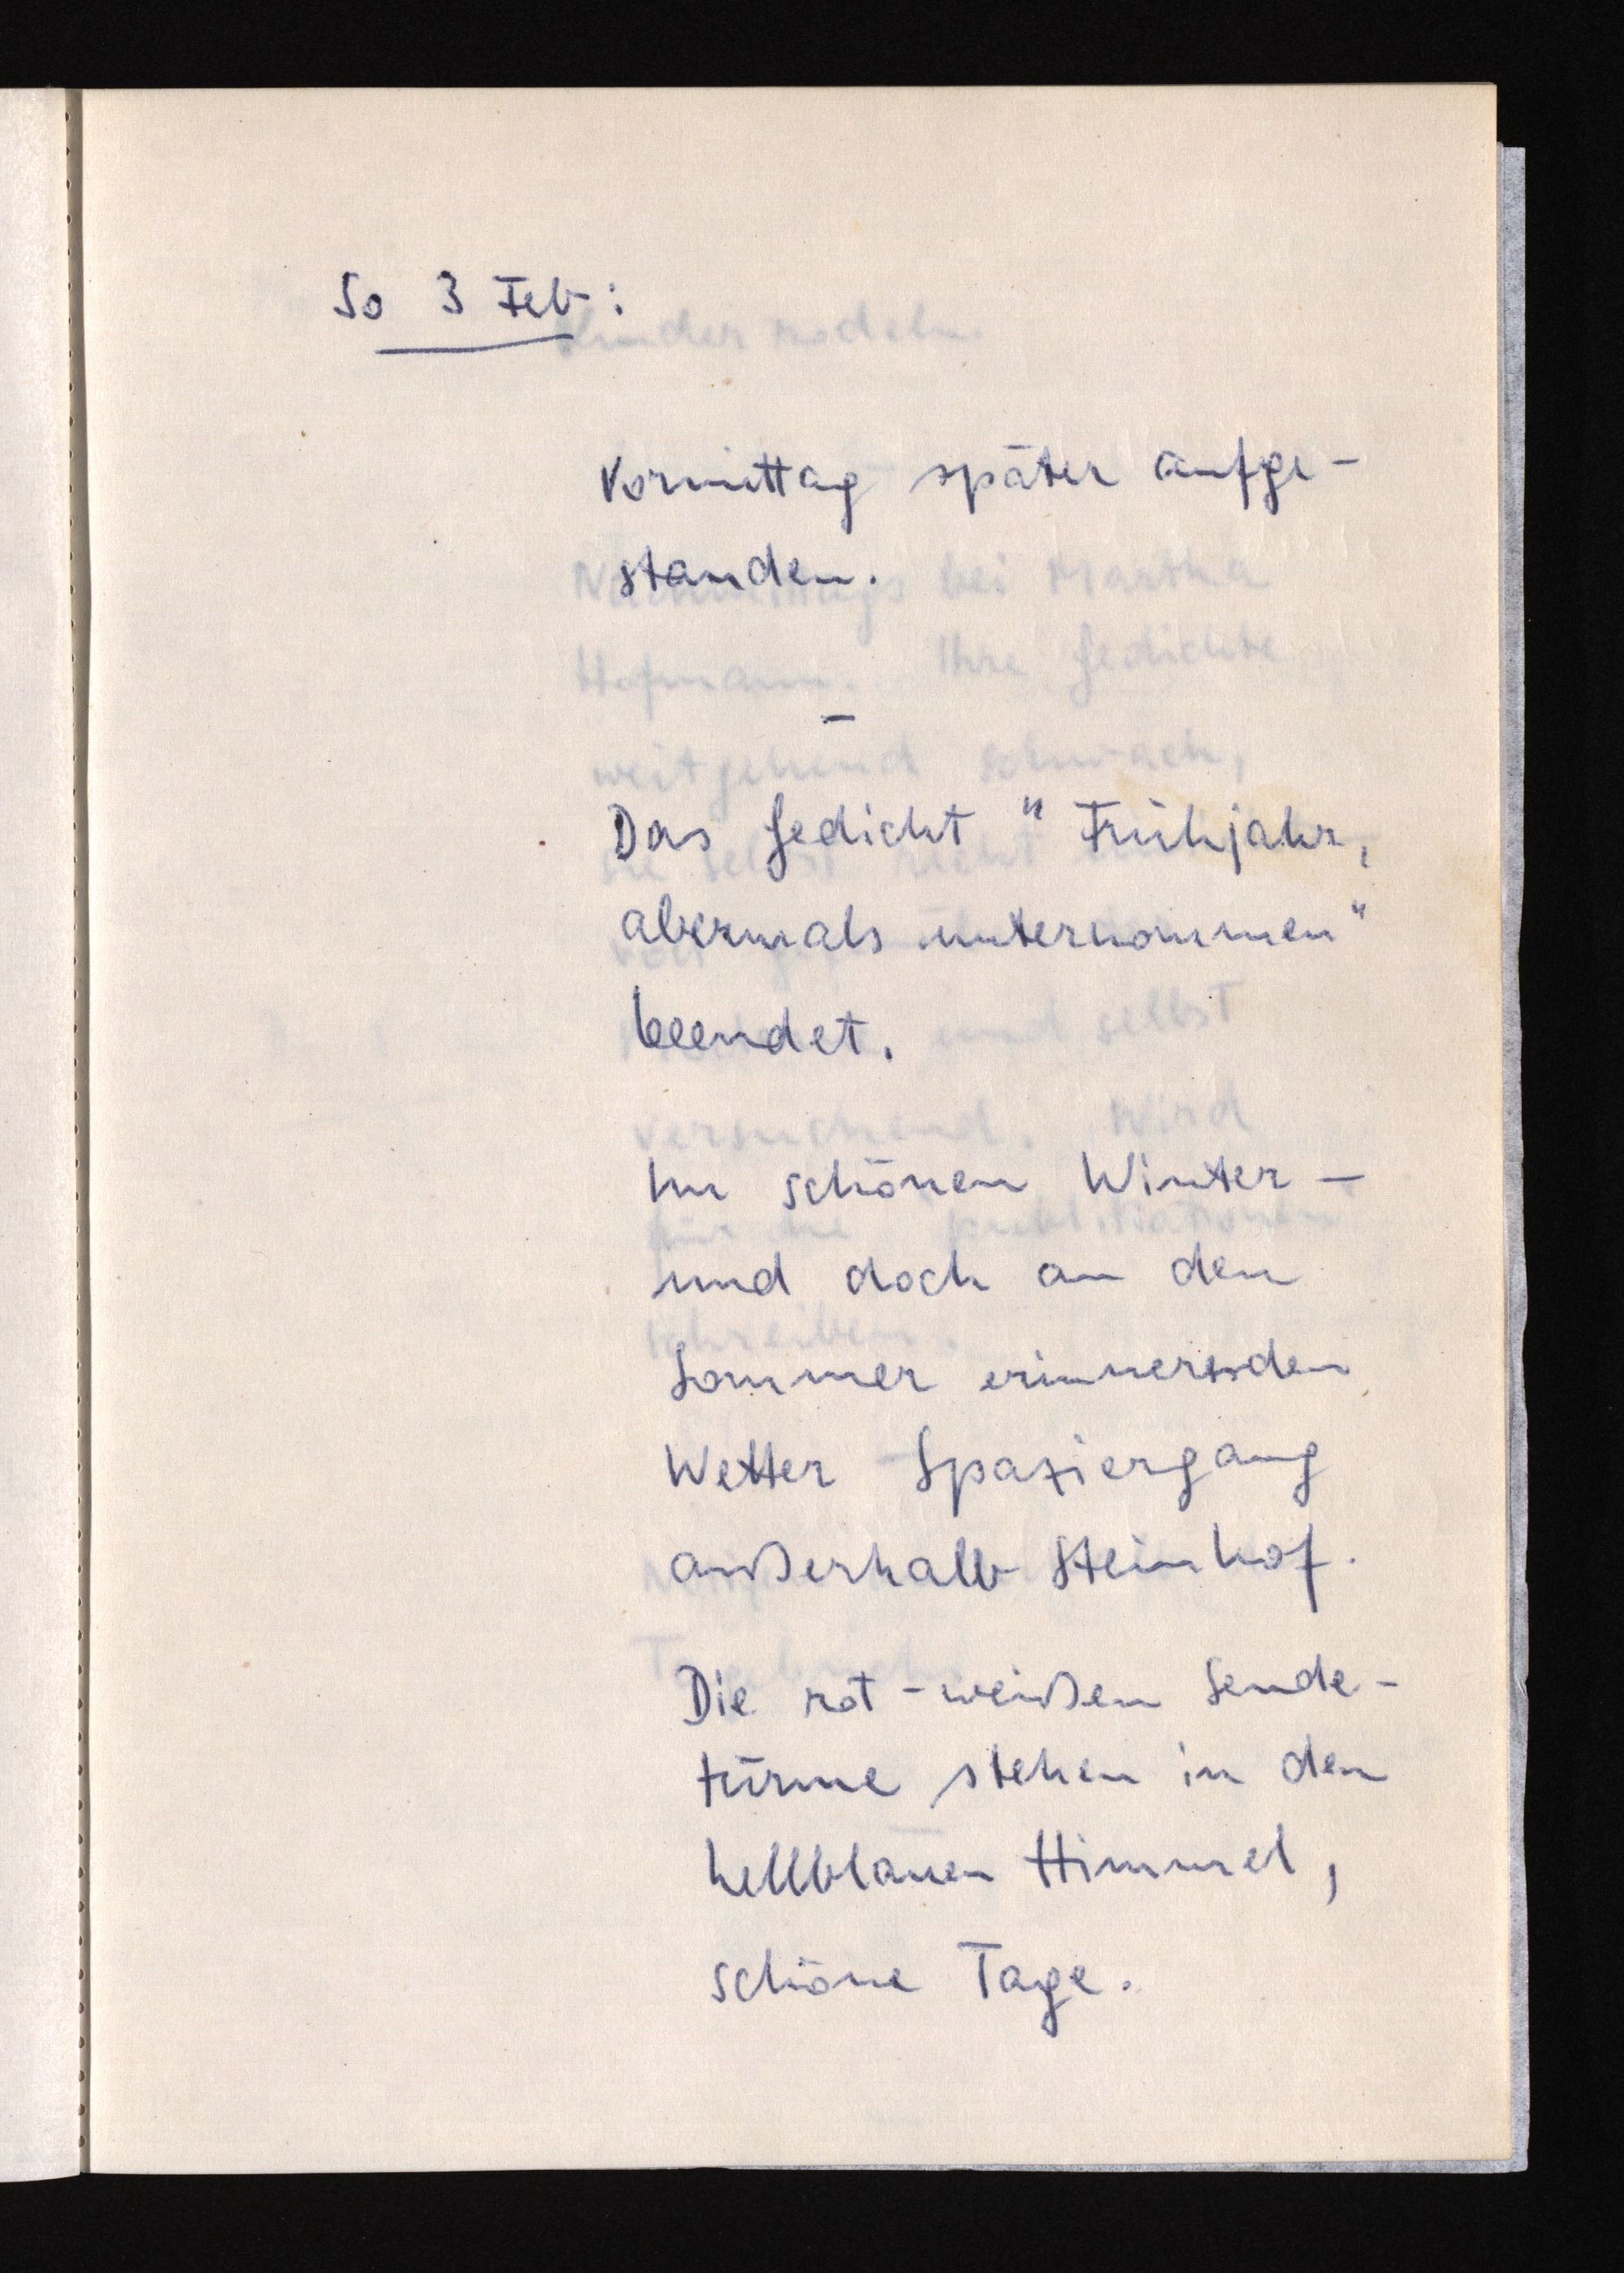
So 3 Feb:
Vormittag später aufge¬
standen.
Das Gedicht "Frühjahr,
abermals unternommen"
beendet.
Im schönen Winter¬
und doch an den
Sommer erinnerenden
Wetter Spaziergang
außerhalb Steinhof.
Die rot-weißen Sende¬
türme stehen in den
hellblauen Himmel,
schöne Tage.